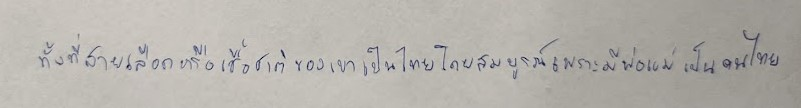
ทั้งที่สายเลือดหรือเชื้อชาติของเขาเป็นไทยโดยสมบูรณ์เพราะมีพ่อแม่เป็นคนไทย